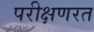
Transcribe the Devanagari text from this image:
परीक्षणरत